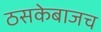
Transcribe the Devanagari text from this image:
ठसकेबाजच